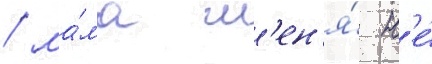
/ ма́ма м'ен'я́ н'е́